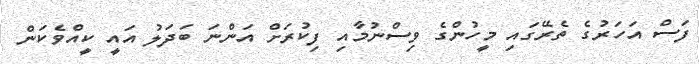
ފަސް އަހަރުގެ ތެރޭގައި މީހުންގެ ވިސްނުމާއި ފިކުރަށް އަންނަ ބަދަލު އައީ ކީއްވެކަން